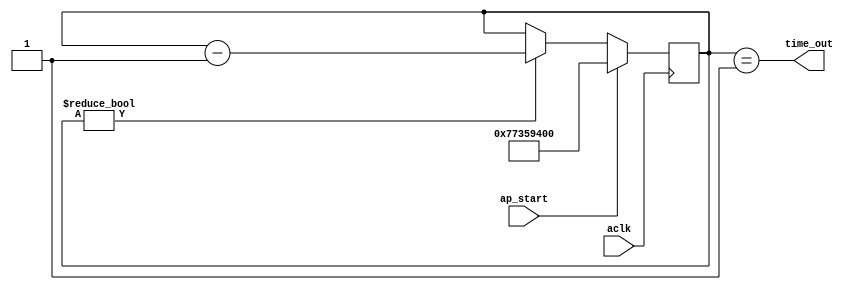
`timescale 1 ns/10 ps

module time_cnt
(
    input wire   aclk,
    input wire  ap_start, 
    output wire  time_out
);

localparam [32-1:0]     LP_TIME_VALUE = 32'h7735_9400; // around 8s for 250MHz

reg [32-1:0]        time_cnt = 32'd0;

assign time_out = (time_cnt == 32'd1);

always @(posedge aclk)
begin
    if (ap_start) begin
        time_cnt <= LP_TIME_VALUE;
    end
    else if (time_cnt != 32'd0) begin
        time_cnt <= time_cnt -1;
    end
end

endmodule